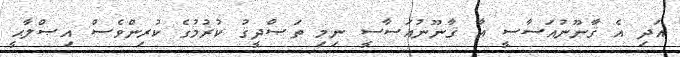
އަދި އެ ޤާނޫނުއަސާސީ އާ ޤާނޫނުއަސާސީ ނިމި ތަޞްދީޤު ކުރުމުގެ ކުރިންވެސް އިޞްލާޙީ